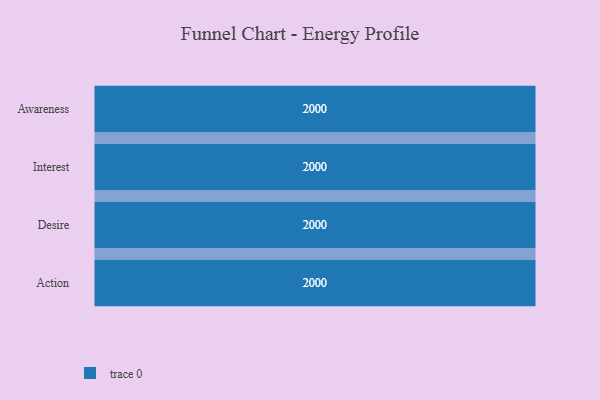
{"axis": {"x": "Stage", "y": "Value"}, "legend": [""], "data": [{"x": "Awareness", "y": 2000, "type": ""}, {"x": "Interest", "y": 2000, "type": ""}, {"x": "Desire", "y": 2000, "type": ""}, {"x": "Action", "y": 2000, "type": ""}]}